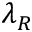
\lambda _ { R }